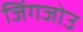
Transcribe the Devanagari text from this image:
जिंगजोउ